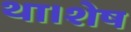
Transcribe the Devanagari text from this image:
था।शेष